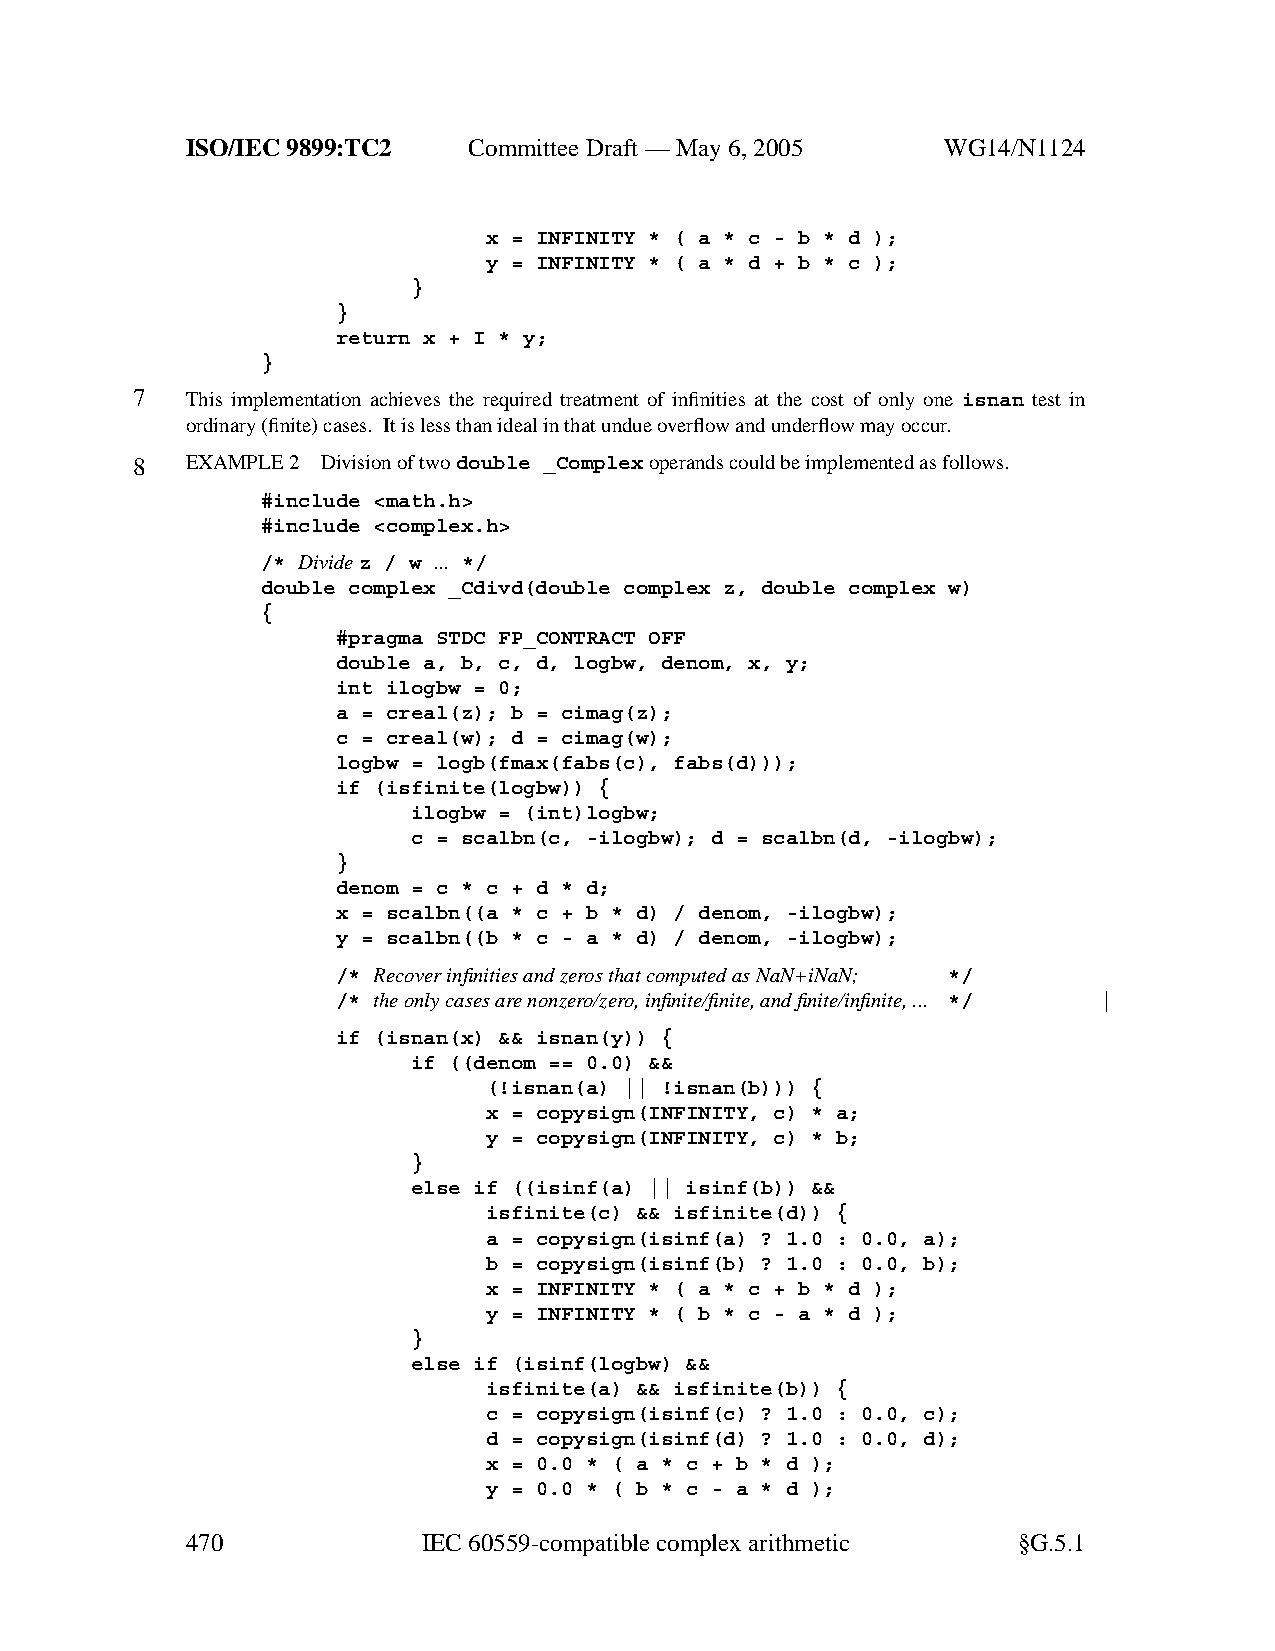
ISO/IEC 9899:TC2   Committee Draft — May 6, 2005   WG14/N1124
 x = INFINITY * ( a * c - b * d );
 y = INFINITY * ( a * d + b * c );
 }
 }
 return x + I * y;
 }
 7  This implementation achieves the required treatment of infinities at the cost of only one isnan test in
 ordinary (finite) cases. It is less than ideal in that undue overflowand underflowmay occur.
 8  EXAMPLE 2 Division of twodouble _Complexoperands could be implemented as follows.
 #include <math.h>
 #include <complex.h>
 /* Dividez / w ... */
 double complex _Cdivd(double complex z, double complex w)
 {
 #pragma STDC FP_CONTRACT OFF
 double a, b, c, d, logbw, denom, x, y;
 int ilogbw = 0;
 a = creal(z); b = cimag(z);
 c = creal(w); d = cimag(w);
 logbw = logb(fmax(fabs(c), fabs(d)));
 if (isfinite(logbw)) {
 ilogbw = (int)logbw;
 c = scalbn(c, -ilogbw); d = scalbn(d, -ilogbw);
 }
 denom = c * c + d * d;
 x = scalbn((a * c + b * d) / denom, -ilogbw);
 y = scalbn((b * c - a * d) / denom, -ilogbw);
 /* Recover infinities and zeros that computed as NaN+iNaN; */
 /* the only cases arenonzero/zero, infinite/finite,and finite/infinite,... */
 if (isnan(x) && isnan(y)) {
 if ((denom == 0.0) &&
 (!isnan(a) || !isnan(b))) {
 x = copysign(INFINITY, c) * a;
 y = copysign(INFINITY, c) * b;
 }
 else if ((isinf(a) || isinf(b)) &&
 isfinite(c) && isfinite(d)) {
 a = copysign(isinf(a) ? 1.0 : 0.0, a);
 b = copysign(isinf(b) ? 1.0 : 0.0, b);
 x = INFINITY * ( a * c + b * d );
 y = INFINITY * ( b * c - a * d );
 }
 else if (isinf(logbw) &&
 isfinite(a) && isfinite(b)) {
 c = copysign(isinf(c) ? 1.0 : 0.0, c);
 d = copysign(isinf(d) ? 1.0 : 0.0, d);
 x = 0.0 * ( a * c + b * d );
 y = 0.0 * ( b * c - a * d );
 470             IEC 60559-compatible complexarithmetic §G.5.1